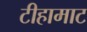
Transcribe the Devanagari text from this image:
टीहामाट